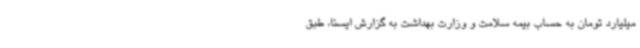
میلیارد تومان به حساب بیمه سلامت و وزارت بهداشت به گزارش ایسنا، طبق